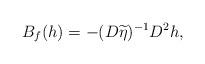
LaTeX: \begin{align*}B_f(h) = - (D\widetilde{\eta})^{-1} D^2h,\end{align*}